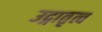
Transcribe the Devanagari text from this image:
उद्गातृत्व